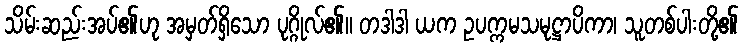
သိမ်းဆည်းအပ်၏ဟု အမှတ်ရှိသော ပုဂ္ဂိုလ်၏။ တဒါဒါ ယက ဥပက္ကမသမုဋ္ဌာပိကာ၊ သူတစ်ပါးတို့၏